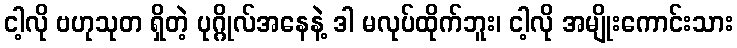
ငါ့လို ဗဟုသုတ ရှိတဲ့ ပုဂ္ဂိုလ်အနေနဲ့ ဒါ မလုပ်ထိုက်ဘူး၊ ငါ့လို အမျိုးကောင်းသား